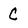
Character: C